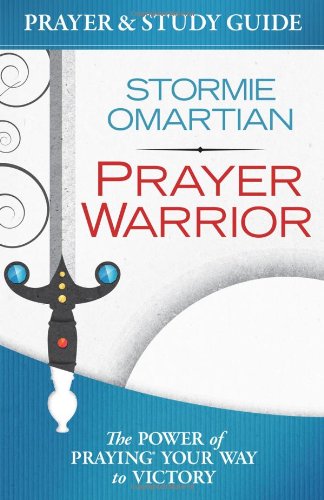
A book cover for Prayer Warrior Prayer and Study Guide: The Power of PrayingÂ® Your Way to Victory; Stormie Omartian; Mystery, Thriller & Suspense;